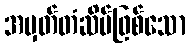
အမှတ်တံဆိပ်ဖြစ်သော